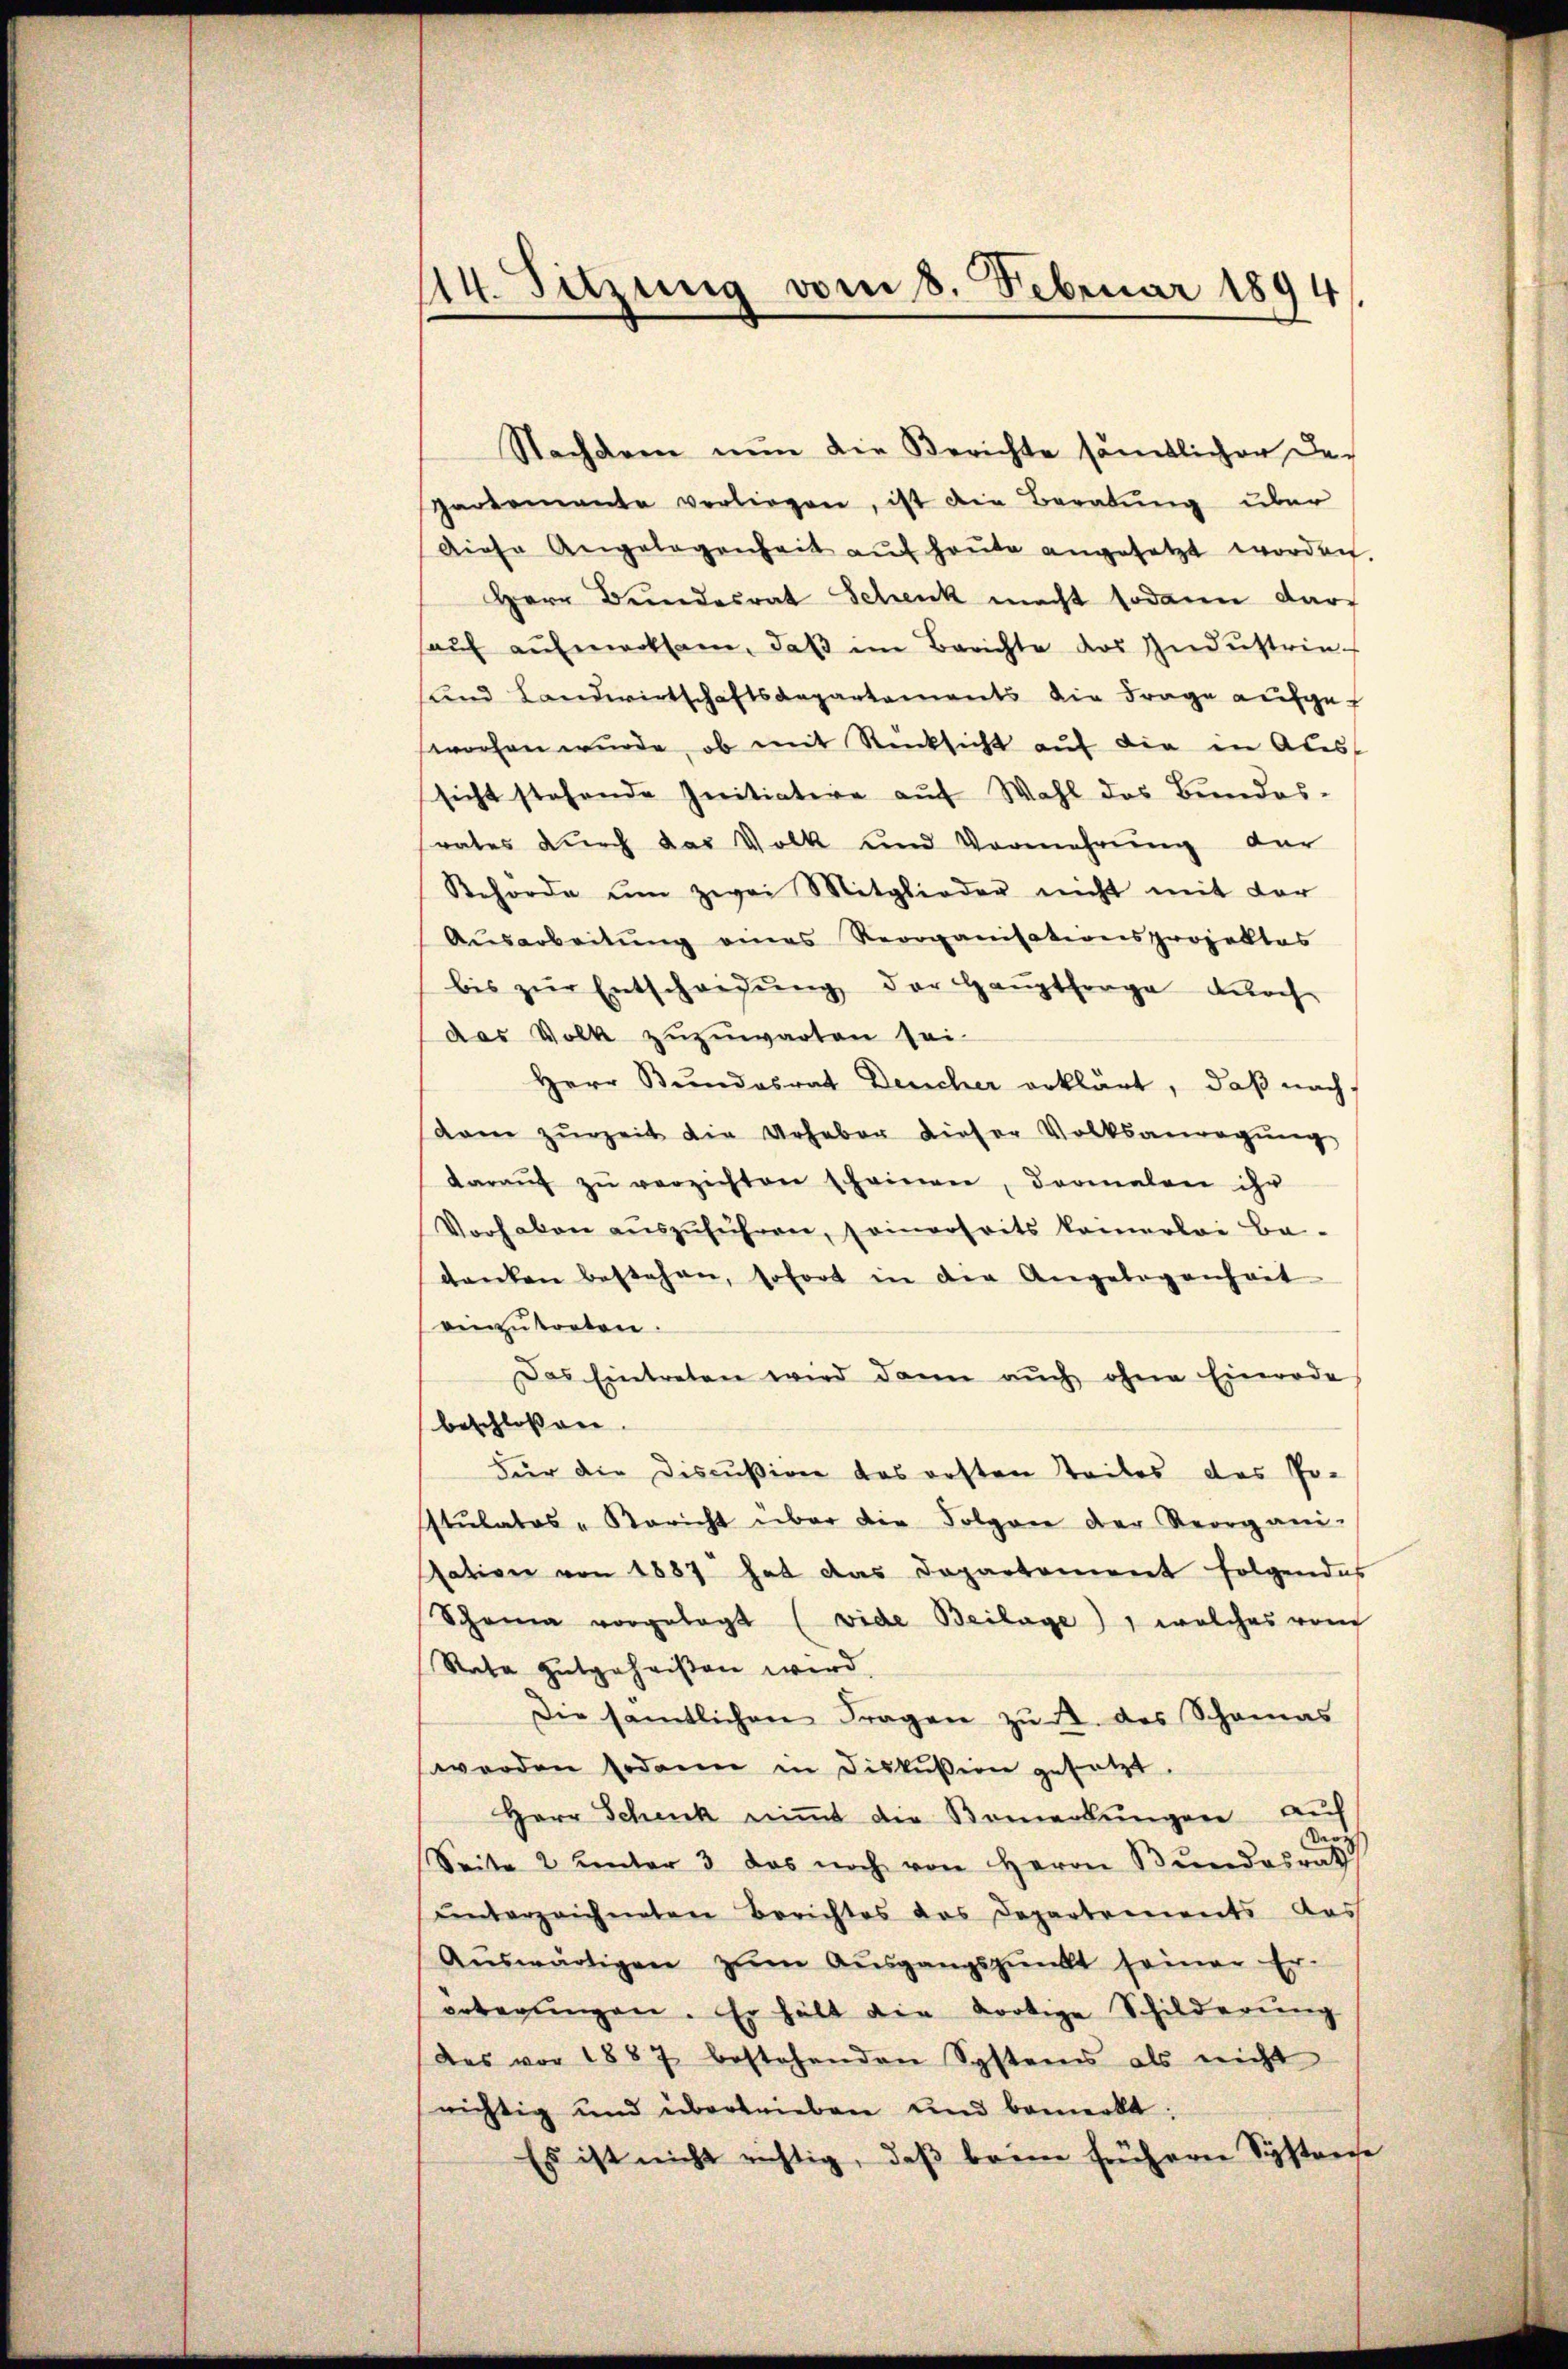
114. Sitzung vom 8. Februar 1894.

Nachdem nun die Berichte sämtlicher der
partemente vorliegen, ist die Beratung über
Diese Angelegenheit aŭf heŭte angesetzt worden.
Herr Bundesrat Schenk macht sodann darf
aŭf aŭfmerksam, daβ im Berichte des Indŭstrie-
und Landwirtschaftsaepartaments die Frage aufgef
wochen wurde, ob mit Rücksicht auf die in Aus
sicht stehende Initiatere auf Wahl des Bundes-
rates durch das Volk und Vermehrung der
Behörde um zwei Mitglieder nicht mit der
Ausarbeitung eines Reorganisationsprojektes
bis zŭr Entscheidŭng der Haŭptfrage durch
das Volk zuzuwarten sei-
Herr Bundesrat Deucher erklärt, daß nachdam zŭrzeit die Urheber dieser Volksanregŭng
daraŭf zŭ verzichten scheinen, dormalen ihr
Vorhaben aŭszŭführen, seinerseits kamerlei Be-
danken bestehen, sofort in die Angelegenheit
einzutreten.
Das Eintreten wird dann aŭch ohne Einrode
beschlossen.
Für die Discußion das ersten Teiles des Po-
stulatos "Bericht über die Folgen der Reorgani-
sation von 1887 hat das Departement folgendes
Scheina vorgelegt (vide Beilage), welches vom
Rata gutgeheißen wird.
Die sämtlichen Fragen zŭ A. des Schamas
werden sodann in Fiskussion gesetzt.
Herr Schenk niṁt die Bemerkŭngen auf
Deri
Seite 2 unter 3 das noch von Herrn Bundesrat
unterzeichneten Berichtes das Departements das
Aŭswärtigen zŭm Aŭsgangspunkt seiner Er-
ertagungen. Er hält die dortige Schilderung
des vor 1887 bestehenden Systems als nicht
richtig und übertrieben und bemerkt:
Es ist nicht richtig, daβ baren frühern Systreche